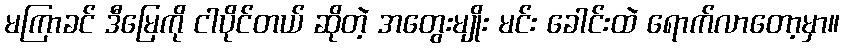
မကြာခင် ဒီမြေကို ငါပိုင်တယ် ဆိုတဲ့ အတွေးမျိုး မင်း ခေါင်းထဲ ရောက်လာတော့မှာ။